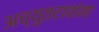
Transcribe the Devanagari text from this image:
अच्युतरावांना